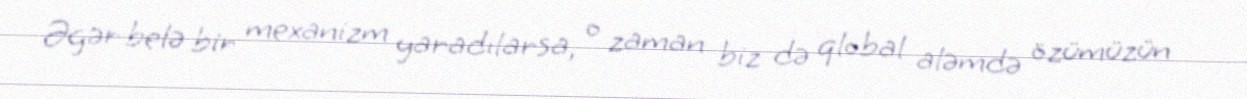
Əgər belə bir mexanizm yaradılarsa, o zaman biz də qlobal aləmdə özümüzün